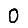
Digit: 0